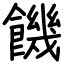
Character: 饑